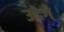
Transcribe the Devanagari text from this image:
उदेगे